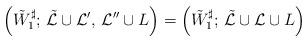
LaTeX: \begin{align*} \left(\tilde{W}_1^{\sharp}; \,\tilde{\mathcal{L}} \cup \mathcal{L}', \, \mathcal{L}'' \cup L \right) = \left(\tilde{W}_1^{\sharp};\, \tilde{\mathcal{L}} \cup \mathcal{L} \cup L\right) \end{align*}